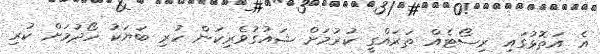
އެ އަތޮޅުގައި ރިސޯޓެއް ތަރައްގީ ކުރުމަށް ޝައުގުވެރިކަން ހުރި ބަޔަކު ހޯދުމަށް ކުރި